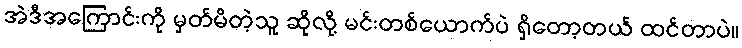
အဲဒီအကြောင်းကို မှတ်မိတဲ့သူ ဆိုလို့ မင်းတစ်ယောက်ပဲ ရှိတော့တယ် ထင်တာပဲ။